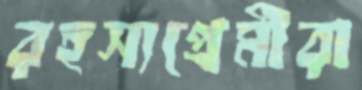
রহস্যপ্রেমীরা